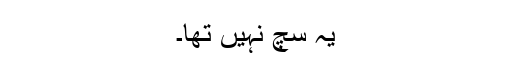
یہ سچ نہیں تھا۔